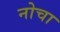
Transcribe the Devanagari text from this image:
नोचा